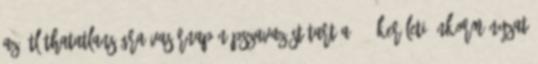
az átláthatatlanságra Vasárnap népszavazást tart a 12. kerületi önkormányzat